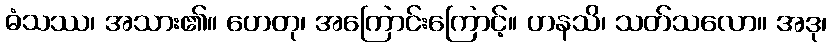
ဓံသဿ၊ အသား၏။ ဟေတု၊ အကြောင်းကြောင့်။ ဟနသိ၊ သတ်သလော။ အဒု၊